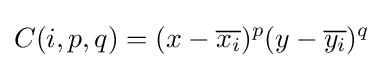
C(i,p,q)=(x-{\overline {x_{i}}})^{p}(y-{\overline {y_{i}}})^{q}